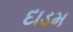
દાડમ